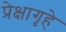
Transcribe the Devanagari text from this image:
प्रेक्षागृहे